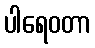
ပါရေဝတာ